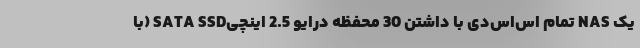
یک NAS تمام‌ اس‌اس‌دی با داشتن 30 محفظه درایو 2.5 اینچیSATA SSD (با